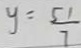
y = \frac { 5 1 } { 7 }